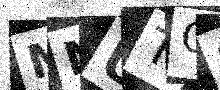
Text: MNUTG8